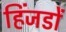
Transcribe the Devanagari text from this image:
हिंजडों